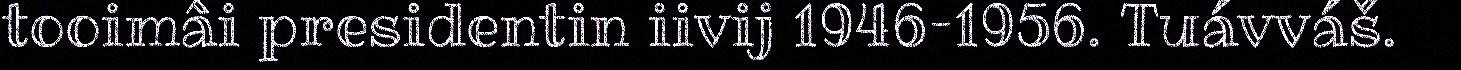
tooimâi presidentin iivij 1946–1956. Tuávváš.